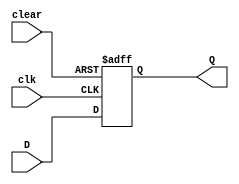
module d_flip_flop_async_clear (
    input wire D,
    input wire clk,
    input wire clear,
    output reg Q
);

always @(posedge clk or posedge clear)
begin
    if (clear)
        Q <= 1'b0; // asynchronous clear
    else
        Q <= D; // store the value of D input on rising edge of clock
end

endmodule